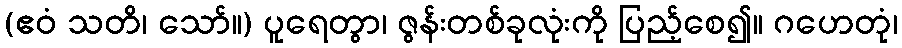
(ဧဝံ သတိ၊ သော်။) ပူရေတွာ၊ ဇွန်းတစ်ခုလုံးကို ပြည့်စေ၍။ ဂဟေတုံ၊